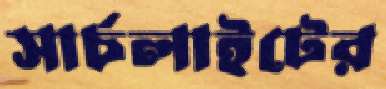
সার্চলাইটের